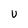
Character: U